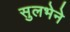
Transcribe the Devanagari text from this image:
सुलभेने